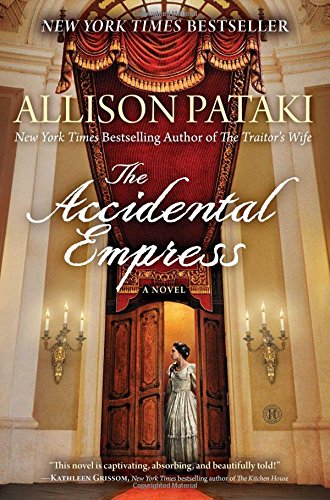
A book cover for The Accidental Empress: A Novel; Allison Pataki; Literature & Fiction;